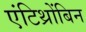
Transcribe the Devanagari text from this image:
एंटिथ्रोंबिन